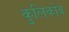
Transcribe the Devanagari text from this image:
कुलिकोव